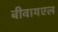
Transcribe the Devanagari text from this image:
बीवायएल